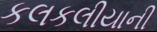
કલકલીયાની